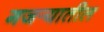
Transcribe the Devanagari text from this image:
गजर्‍यातील